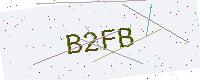
Text: B2FB